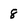
Character: 8